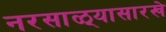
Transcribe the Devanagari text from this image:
नरसाळ्यासारखे